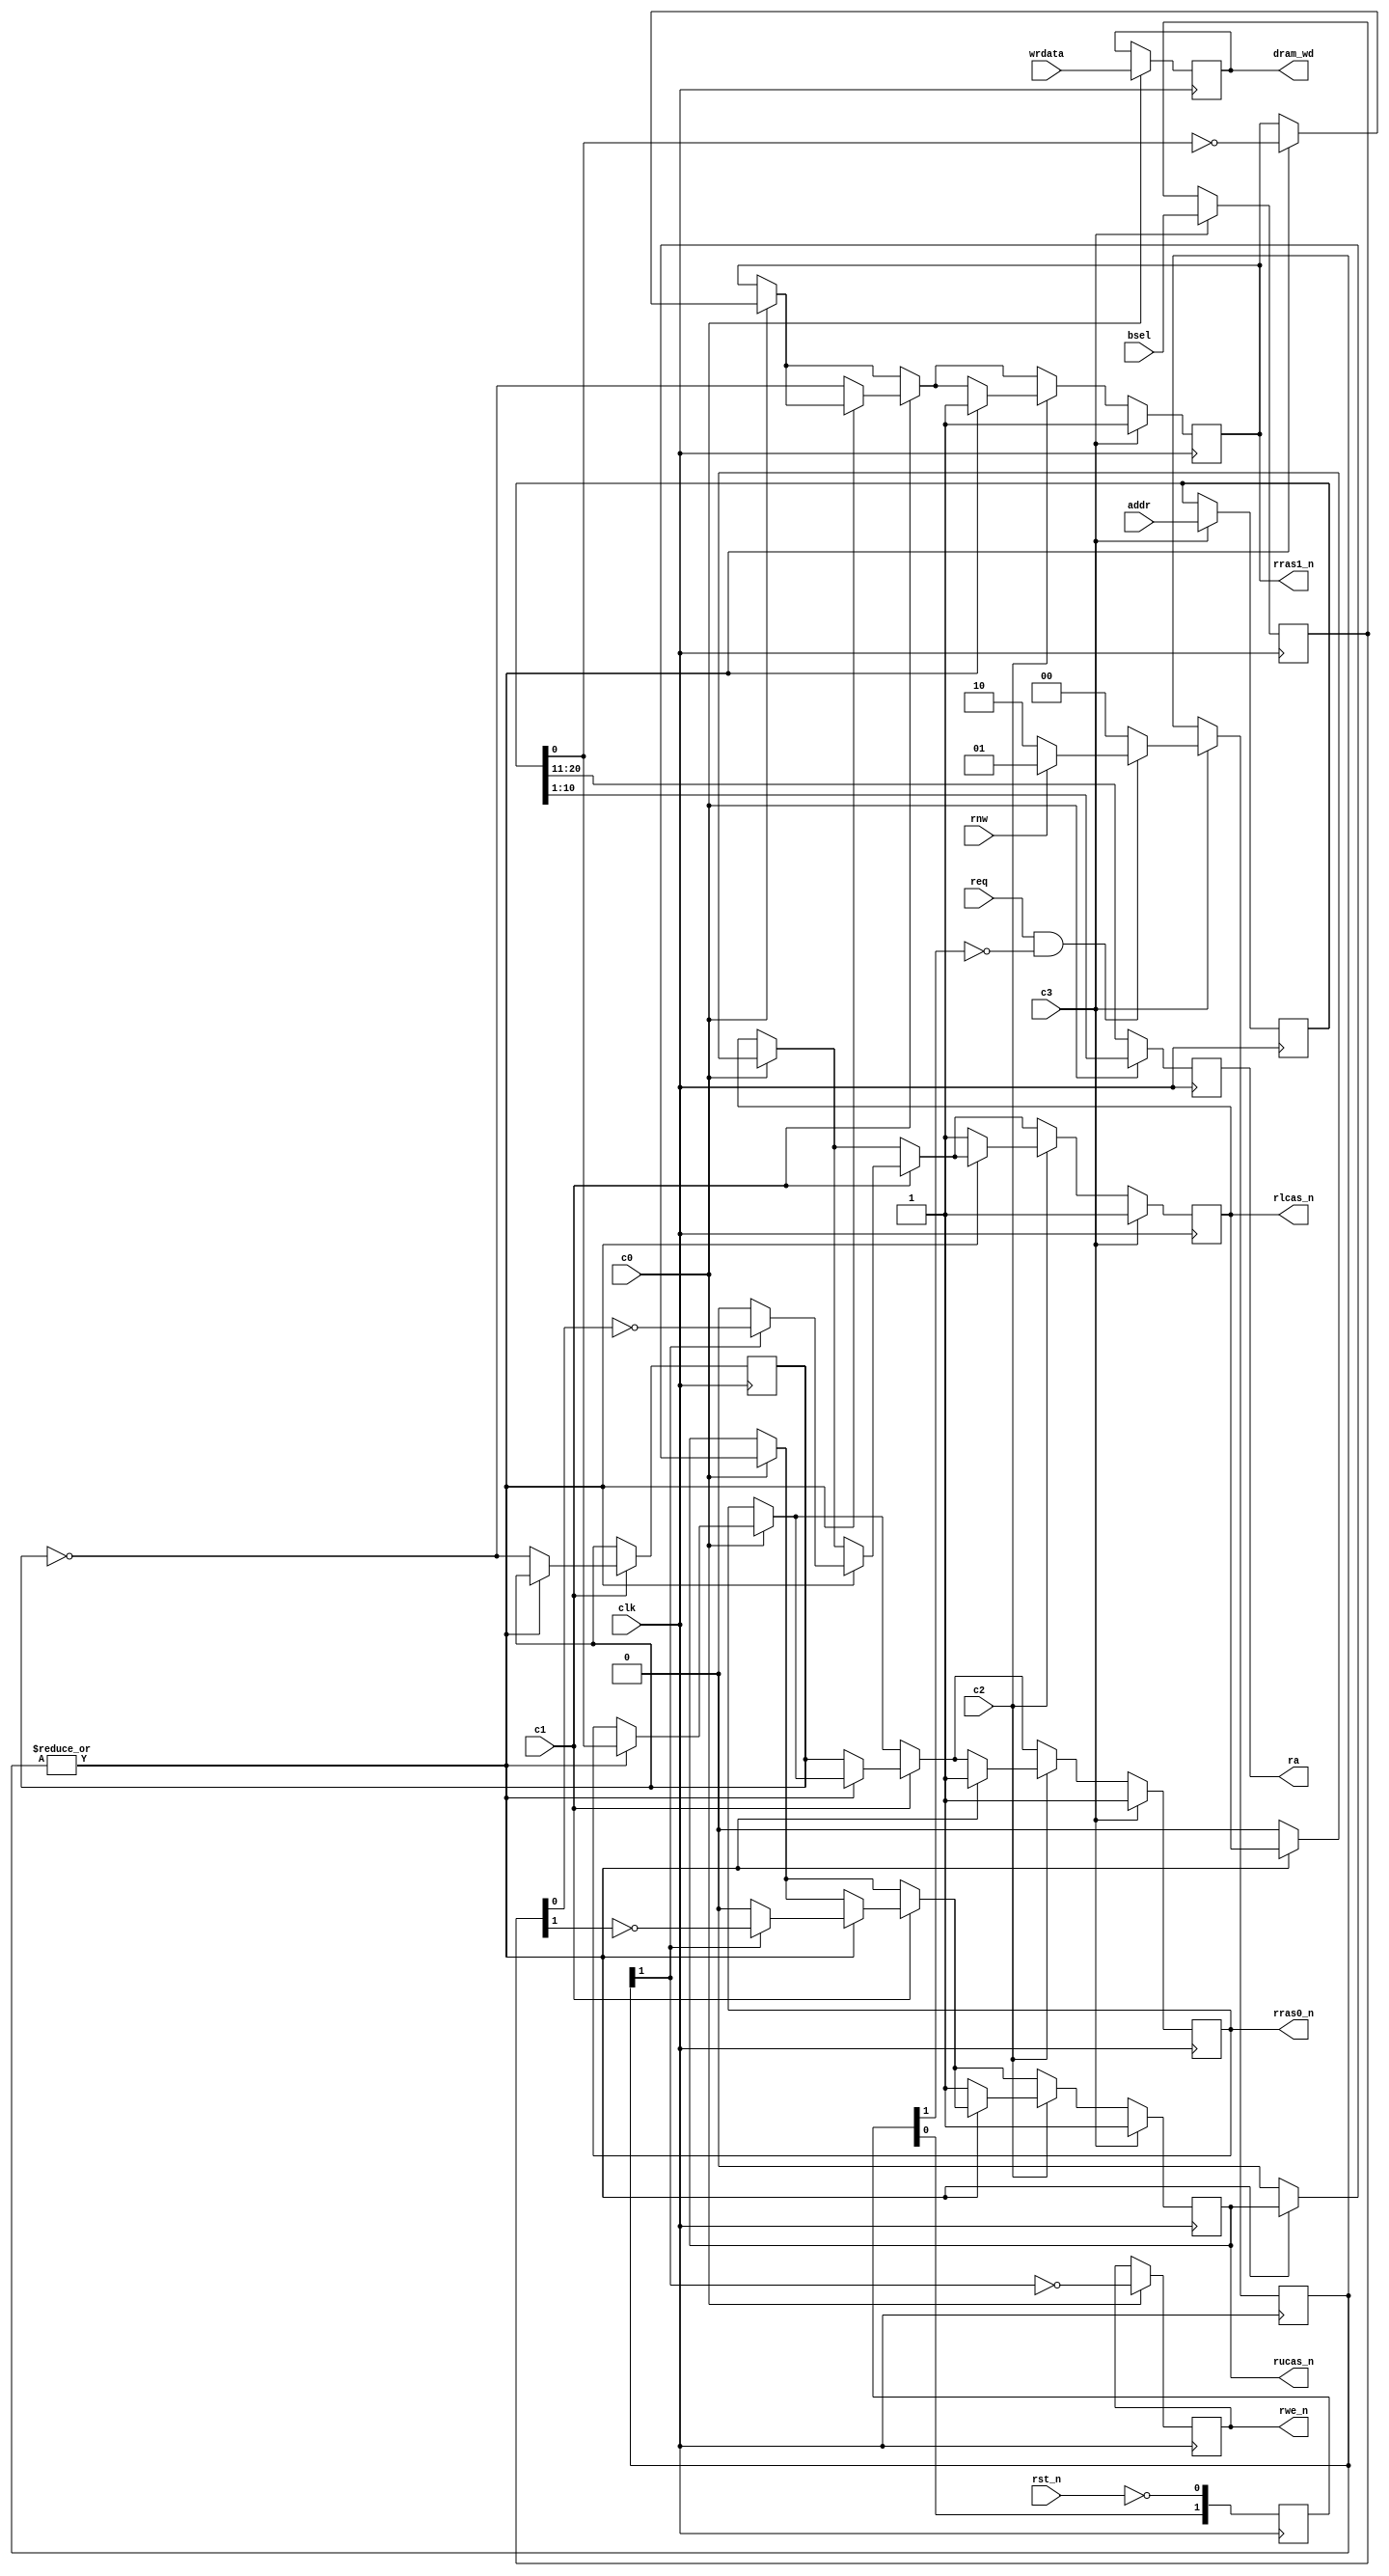
module dram
(
  input  wire        clk,
  input  wire        c0, c1, c2, c3,
  input  wire        rst_n,  // shut down accesses, retain refresh

  input  wire        req,    // request for read/write cycle
  input  wire [20:0] addr,   // access address of 16bit word:
                             //   addr[0] selects between rras0_n and rras1_n
                             //   addr[20:11] - column
                             //   addr[10:1]  - row address
  // output reg [15:0] rddata,  // data just read
  input  wire [15:0] wrdata, // data to be written
  input  wire [1:0]  bsel,   // positive byte select for write:
                             //   bsel[0] - wrdata[7:0]
                             //   bsel[1] - wrdata[15:8]
  input  wire        rnw,    // read/~write

// DRAM pins
  output reg [9:0]   ra,
  output reg [15:0]  dram_wd,
  output reg         rwe_n,
  output reg         rucas_n,
  output reg         rlcas_n,
  output reg         rras0_n,
  output reg         rras1_n
);

  reg [1:0] rst_sync = 0;
  wire int_req = req && !rst_sync[1];

  reg [1:0] state = 2'b0;

  // next cycle decision
  localparam RFSH = 2'b00;  // Don't change these
  localparam RD   = 2'b01;  // because there are
  localparam WR   = 2'b10;  // bit dependencies

  wire idle = ~|state;
  wire read = state[0];
  wire write = state[1];

  always @(posedge clk) if (c3)
    state <= int_req ? (rnw ? RD : WR) : RFSH;

  // incoming data latch
  always @(posedge clk) if (c0)      // changed: now wrdata is latched 1 clk later - at c0 of current cycle (NOT at c3 of previous as before)
    dram_wd <= wrdata;

  // incoming addr and bsel latch
  reg [20:0] int_addr;
  reg [1:0] int_bsel;
  always @(posedge clk) if (c3)
  begin
    int_bsel   <= bsel;
    int_addr   <= addr;
  end

  // WE control
  always @(posedge clk) if (c0)      // changed: now wrdata is latched 1 clk later - at c0 of current cycle (NOT at c3 of previous as before)
    rwe_n <= !write;

  // RAS/CAS sequencing
  reg rfsh_alt = 0;   // we must alternate chips in refresh cycles to lower total heating
  always @(posedge clk)
  begin
    if (c0)
      if (idle)
      begin
        rlcas_n <= 1'b0;
        rucas_n <= 1'b0;
      end
      else
      begin
        rras0_n <= int_addr[0];
        rras1_n <= ~int_addr[0];
      end

    if (c1)
      if (idle)
      begin
        rras0_n <=  rfsh_alt;
        rras1_n <= ~rfsh_alt;
        rfsh_alt <= ~rfsh_alt;
      end
      else
      begin
        rlcas_n <= write ? ~int_bsel[0] : 1'b0;
        rucas_n <= write ? ~int_bsel[1] : 1'b0;
      end

    if (c2)
      if (idle)
      begin
        rlcas_n <= 1'b1;
        rucas_n <= 1'b1;
      end
      else
      begin
        rras0_n <= 1'b1;
        rras1_n <= 1'b1;
      end

    if (c3)
    begin
      rras0_n <= 1'b1;
      rras1_n <= 1'b1;
      rucas_n <= 1'b1;
      rlcas_n <= 1'b1;
    end
  end

  // row/column address multiplexing
  always @(negedge clk)    // here is a problem: fit fast output regs to the pins
    ra <= c0 ? int_addr[10:1] : int_addr[20:11];

// read data from DRAM
  // always @(posedge clk)
    // if (c2 & read)
      // rddata <= dram_rd;

  // reset must be synchronous here in order to preserve
  // DRAM state while other modules reset, but we have only
  // asynchronous one globally. so we must re-synchronize it
  // and use it as 'DRAM operation enable'. when in reset,
  // controller ignores req signal and generates only refresh cycles
  always @(posedge clk)
    rst_sync[1:0] <= { rst_sync[0], ~rst_n };

endmodule